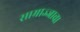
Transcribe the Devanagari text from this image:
साम्राज्जाचा